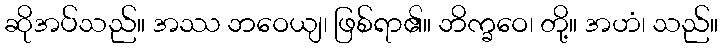
ဆိုအပ်သည်။ အဿ ဘဝေယျ၊ ဖြစ်ရာ၏။ ဘိက္ခဝေ၊ တို့။ အဟံ၊ သည်။